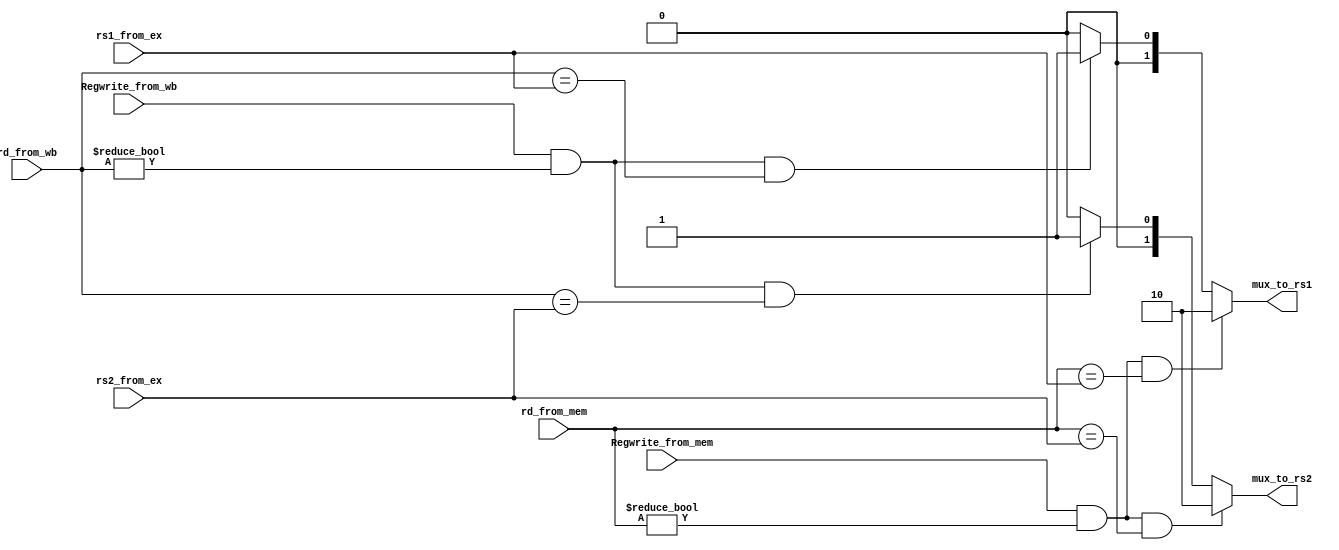
module Forwarding_Unit
(
  input [4:0]rd_from_mem,
  input [4:0]rd_from_wb,
  input Regwrite_from_mem,
  input Regwrite_from_wb,
  input [4:0]rs1_from_ex,
  input [4:0]rs2_from_ex,
  
  output reg [1:0]mux_to_rs1,
  output reg [1:0]mux_to_rs2
);

always @ ( rd_from_mem, rd_from_wb, Regwrite_from_mem, Regwrite_from_wb, rs1_from_ex, rs2_from_ex )
begin
  if ((Regwrite_from_mem == 1'b1) && (rd_from_mem != 5'b0) && (rd_from_mem == rs1_from_ex))
    begin
      mux_to_rs1 = 2'b10;
    end
  else if ((Regwrite_from_wb == 1'b1) && (rd_from_wb != 5'b0) && (rd_from_wb == rs1_from_ex))
    begin
      mux_to_rs1 = 2'b01;
    end
  else
    begin
      mux_to_rs1 = 2'b0;
    end
      
  if ((Regwrite_from_mem == 1'b1) && (rd_from_mem != 5'b0) && (rd_from_mem == rs2_from_ex))
    begin
      mux_to_rs2 = 2'b10;
    end
  else if ((Regwrite_from_wb == 1'b1) && (rd_from_wb != 5'b0) && (rd_from_wb == rs2_from_ex))
    begin
      mux_to_rs2 = 2'b01;
    end
  else
    begin
      mux_to_rs2 = 2'b0;
    end
          
end

endmodule